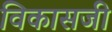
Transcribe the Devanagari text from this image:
विकासजी